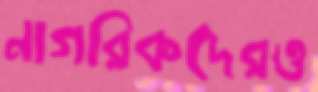
নাগরিকদেরও